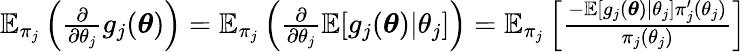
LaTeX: \begin{array}{r}{\mathbb{E}_{\pi_{j}}\left(\frac{\partial}{\partial\theta_{j}}g_{j}({\boldsymbol{\theta}})\right)=\mathbb{E}_{\pi_{j}}\left(\frac{\partial}{\partial\theta_{j}}\mathbb{E}[g_{j}({\boldsymbol{\theta}})|\theta_{j}]\right)=\mathbb{E}_{\pi_{j}}\left[\frac{-\mathbb{E}[g_{j}({\boldsymbol{\theta}})|\theta_{j}]\pi_{j}^{\prime}(\theta_{j})}{\pi_{j}(\theta_{j})}\right]}\end{array}